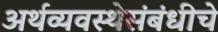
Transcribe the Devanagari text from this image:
अर्थव्यवस्थेसंबंधीचे